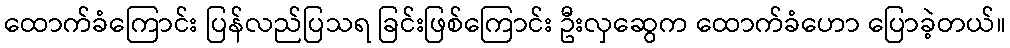
ထောက်ခံကြောင်း ပြန်လည်ပြသရ ခြင်းဖြစ်ကြောင်း ဦးလှဆွေက ထောက်ခံဟော ပြောခဲ့တယ်။